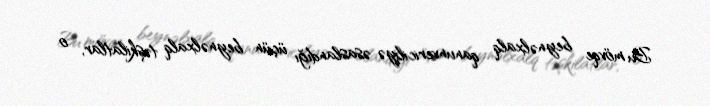
Bu mövqe beynəlxalq qanunvericiliyə əsaslandığı üçün beynəlxalq təşkilatlar, o